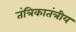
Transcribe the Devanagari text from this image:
तंत्रिकातंत्रीय